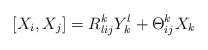
\begin{align*}[X_i,X_j] = R^k_{lij} Y^l_k + \Theta^k_{ij} X_k\end{align*}